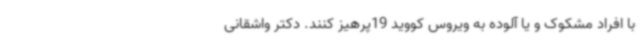
با افراد مشکوک و یا آلوده به ویروس کووید 19پرهیز کنند. دکتر واشقانی